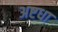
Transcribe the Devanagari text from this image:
अष्टधा